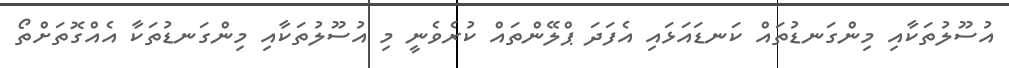
އުސޫލުތަކާއި މިންގަނޑުތައް ކަނޑައަޅައި އެފަދަ ޕްލޭންތައް ކުރެވެނީ މި އުސޫލުތަކާއި މިންގަނޑުތަކާ އެއްގޮތަށްތޯ